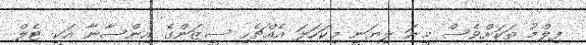
ފިލްމު ތަކަށްވެސް މީނަ ލިޔަނީ މިކަހަލަ އެއްޗެހި ސީޒަންގެ އިންސާނާ އަކީ ޓެލް